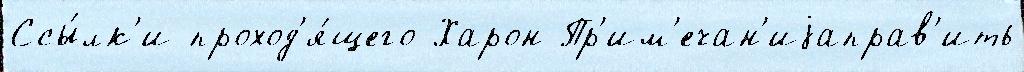
Ссы́лк'и проход'я́щего Харон Пр'им'ечан'иjаправ'ить